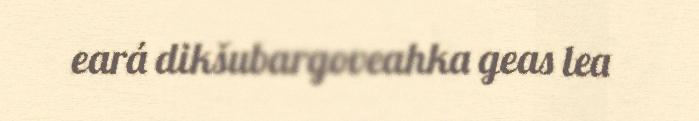
eará dikšubargoveahka geas lea